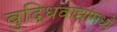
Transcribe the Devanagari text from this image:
बुद्धिवाद्यांंमध्ये